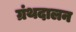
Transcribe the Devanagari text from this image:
ग्रंथदालन